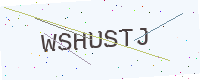
Text: WSHUSTJ